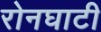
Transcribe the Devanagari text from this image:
रोनघाटी